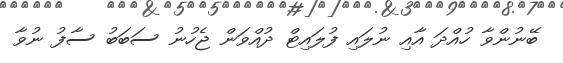
ބޭނުންވާ ހުއްދަ އާއި ނުލައި ފުލައިޓް ދުއްވަން ޖެހުނު ސަބަބު ސާފު ނުވާ